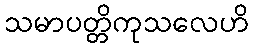
သမာပတ္တိကုသလေဟိ